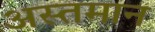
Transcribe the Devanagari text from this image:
अस्तमान